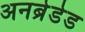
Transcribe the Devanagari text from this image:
अनब्रेडेड